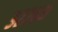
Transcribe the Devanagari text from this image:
३२२६अ